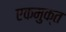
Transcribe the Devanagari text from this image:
एकमुक्त